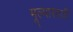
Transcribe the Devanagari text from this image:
मूल्यासाठी